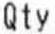
QTY